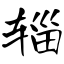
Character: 辎